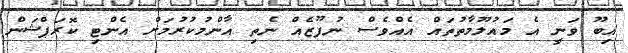
އިބޫ ވަނީ އެ މައުލޫމާތުތައް އެއްވެސް ނުފޫޒެއް ނެތި އާންމުކުރުމަށް އެންޓި ކޮރަޕްޝަން